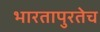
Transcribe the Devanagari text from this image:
भारतापुरतेच